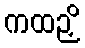
ကထဉှိ